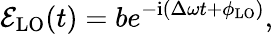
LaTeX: \mathcal{E}_{\mathrm{{LO}}}(t)=be^{-\mathrm{{i}}(\Delta\omega t+\phi_{\mathrm{LO}})},